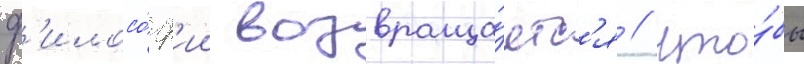
ф'илосо́ф'ии возвраща́етс'я / что́бы